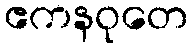
ဧကနဝုတေ